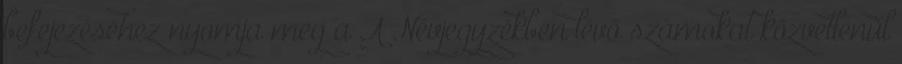
befejezéséhez nyomja meg a A Névjegyzékben lévő számokat közvetlenül